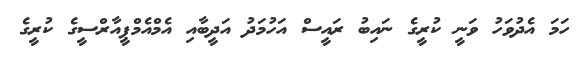
ހަމަ އެދުވަހު ވަނީ ކުރީގެ ނައިބު ރައީސް އަހުމަދު އަދީބާއި އެމްއެމްޕީއާރްސީގެ ކުރީގެ